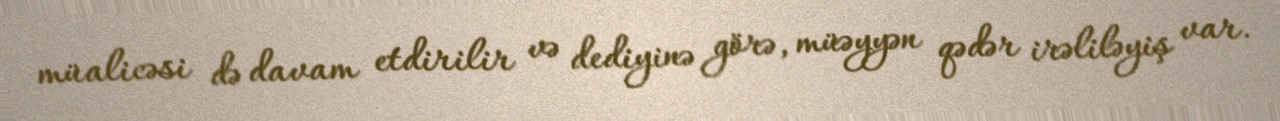
müalicəsi də davam etdirilir və dediyinə görə, müəyyən qədər irəliləyiş var.